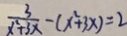
\frac { 3 } { x ^ { 2 } + 3 x } - ( x ^ { 2 } + 3 x ) = 2